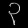
Digit: ၃